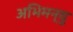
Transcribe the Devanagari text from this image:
अभिमन्‍यु